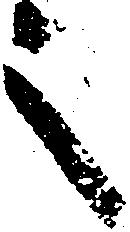
之